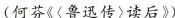
(何芬《(鲁迅传)读后》)